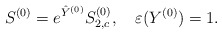
\begin{align*}S^{(0)}=e^{\hat{Y}^{(0)}}S^{(0)}_{2,c},\quad\varepsilon(Y^{(0)})=1.\end{align*}